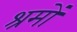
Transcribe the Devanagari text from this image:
श्रमों